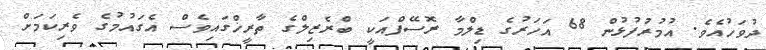
ދުވަހުއެވެ. އުމުރުފުޅުން 68 އަހަރުގެ ޑިލްމާ ރޮސޭފްއަކީ ބްރެޒިލްގެ ތާރީޚްގައިވެސް އެގައުމުގެ ވެރިކަމަށް